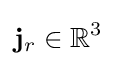
\mathbf {j} _{r}\in \mathbb {R} ^{3}